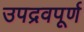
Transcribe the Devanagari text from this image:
उपद्रवपूर्ण